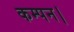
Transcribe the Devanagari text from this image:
कम्पन।